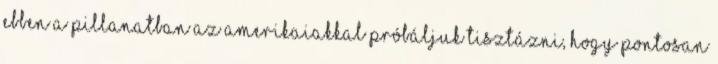
ebben a pillanatban az amerikaiakkal próbáljuk tisztázni, hogy pontosan